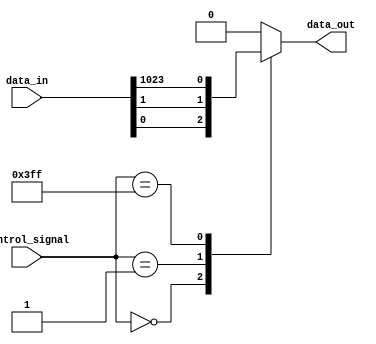
module multiplexer_1024_1 (
    input [1023:0] data_in,
    input [9:0] control_signal,
    output reg data_out
);

always @(*) begin
    case(control_signal)
        10'h000: data_out = data_in[0];
        10'h001: data_out = data_in[1];
        // Continue selecting input lines based on control signal value up to 10'h3FF
        10'h3FF: data_out = data_in[1023];
        default: data_out = 1'b0; // Default output when control signal is not in range
    endcase
end

endmodule